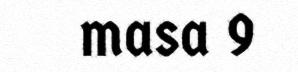
masa 9